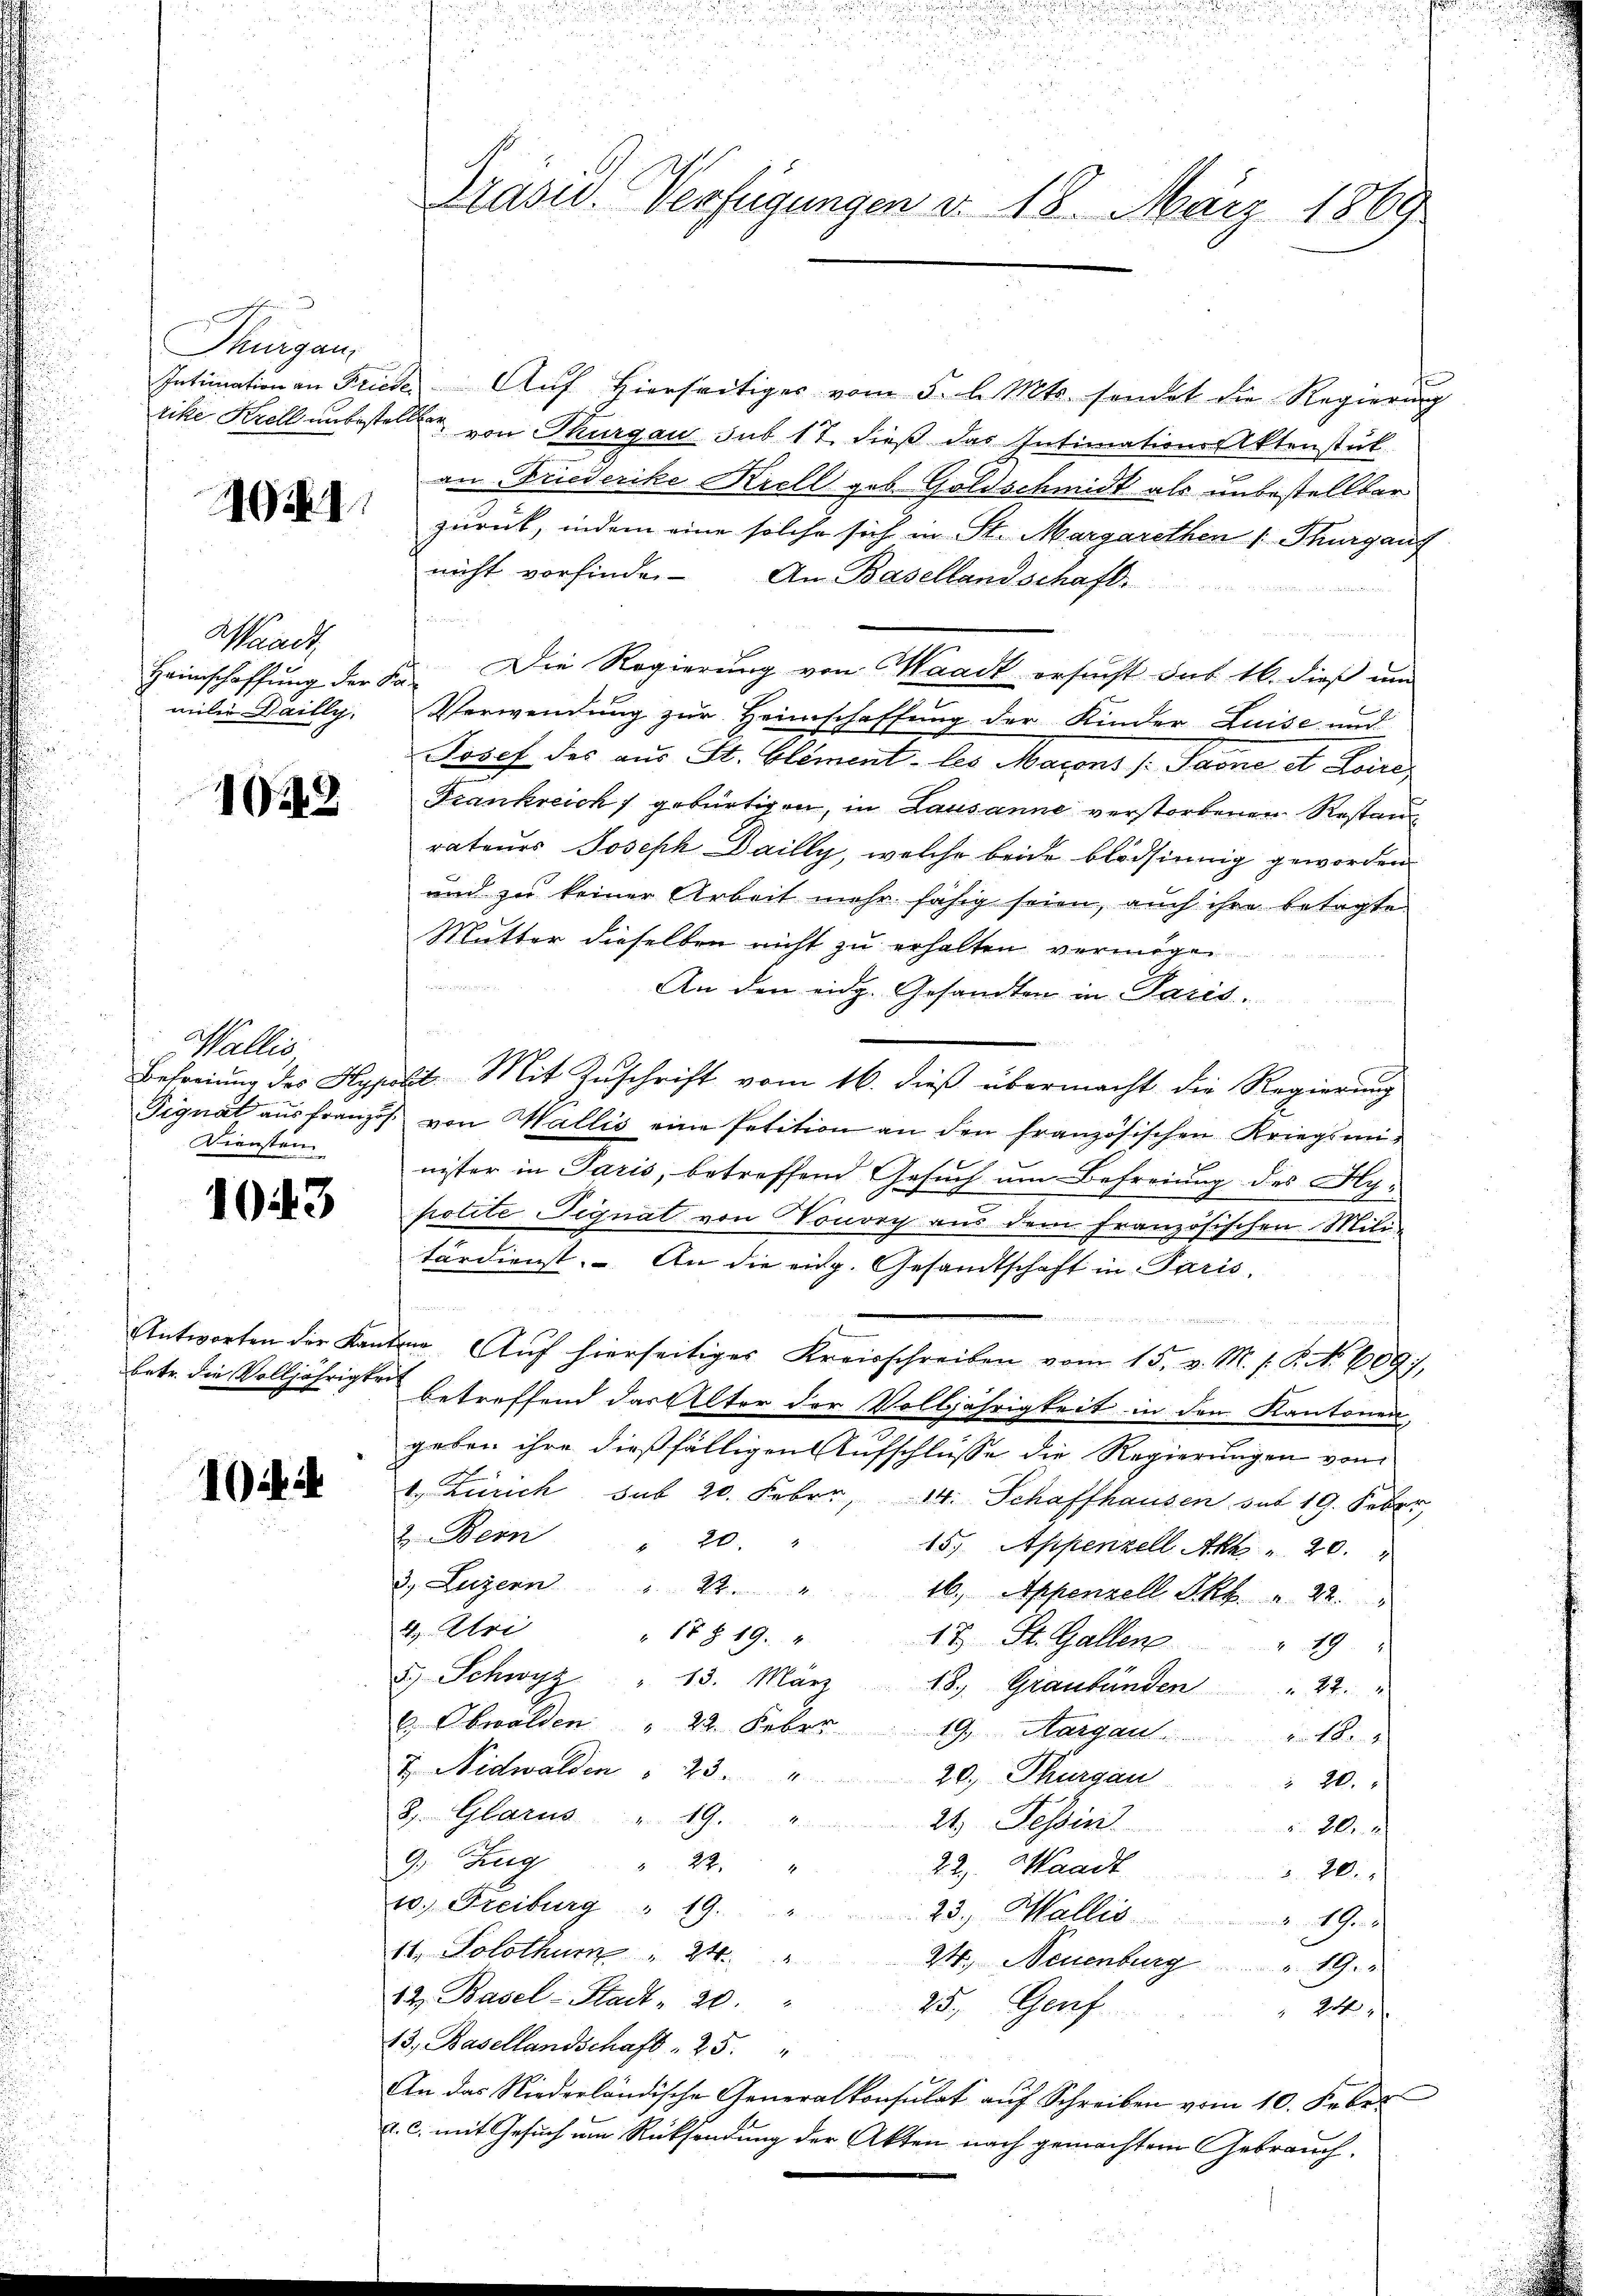
Thurgau,

1984.

Waadt,
Haimschaffung der Ka
miler Dailly.

1022

Wallis
Diensten

1043

1

Intimationen Frieder Auf hierseitiges vom 5. d. Mts. sendet die Regierung
rike Krell unbestellte von Thurgau sub 17. dieß das Intimations Aktenstük
an Friederike Krell geb. Goldschmidt als unbestellbar
zurück, indem eine solche sich in St. Margarethen Thurgauf
nicht vorfinde. An Basellandschaft.
 Kriegen
u
Die Regierung von Waadt ersucht das 16. dieß und
Verwendung zur Heimschaffung der Kinder Luise und
Josef des aus St. Clement les Marons /: Paone et Loira
Frankreich gebürtigen, in Lausanne verstorbenen Restan
rateurs Joseph Dailly, welche beide blödsinnig geworden
und zu keiner Arbeit mehr fähig seien, auch ihre betagte
Mutter dieselben nicht zu erhalten vermögen

An den eidg. Gesandten in Paris.
Befreiung des Hypolit. Mit Zuschrift vom 16. dieß übermacht die Regierung
Dignat aus franzis von Wallis eine Petition an den französischen Kriegsminister in Paris, betreffend Gesuch um Befreiung des Hy:
polite Signat von Vonorp aus dem französischen Mili-
tärdienst. An die eidg. Gesandtschaft in Paris,

u
Antworten der Kantone Aŭf hierseitiges Kreisschreiben vom 15. v. M. s. S. Nr. 609),
betr. die Volljährigkeit betreffend das Alter der Volljährigkeit in den Kantonen,
geben ihre dießfälligen Aufschlusse die Regierungen von
t. Zürich sub 20. Feber, 14. Schaffhausen mit 19. Feber
2. Bern " 20.
15. Appenzell Akt 20.
d Luzern
26. Appenzell Pkt. 22.
4, Uri
" 17 § 19.
17. St. Gallen " 19 "
2) Schwyz " 13. März 18. Graubünden " 22. "
c. Obwalden " 22. Feber 19. Margau. " 18.
Z. Nidwalden § 23 "
20, Thurgau
 20.
2, Glarus   "  19. 4
21. Tessin
 20.
9, Zug " 22 "
22. Waadt
§ 20.
10. Freiburg " 19 "
23., Wallis 19.
11. Solothur   "  24
24, Neuenburg. 19.
12. Basel-Stadt - 20.
25.) Genf
24
13, Basellandschaft . 25. "
An das Niederländische Generalkonsulat aŭf Schreiben vom 10. Feber
a. c. mit Gesuch um Rücksendung der Akten nach gemachtem Gebrauch.

Prasw. Verfügungen d. 18. März 1869